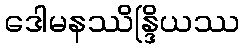
ဒေါမနဿိန္ဒြိယဿ